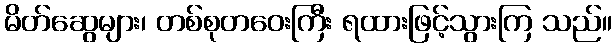
မိတ်ဆွေများ၊ တစ်စုတဝေးကြီး ရထားဖြင့်သွားကြ သည်။